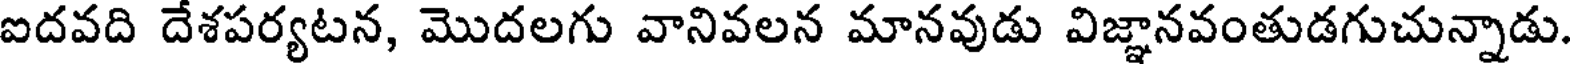
ఐదవది దేశపర్యటన, మొదలగు వానివలన మానవుడు విజ్ఞానవంతుడగుచున్నాడు.